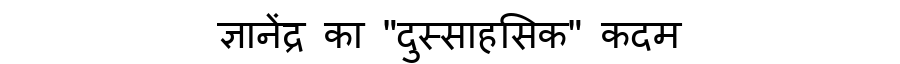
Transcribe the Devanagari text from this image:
ज्ञानेंद्र का "दुस्साहसिक" कदम